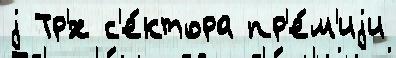
j Тр'́х с'е́ктора пр'е́м'иjи